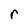
Character: r